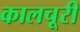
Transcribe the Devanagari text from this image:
कालचूरी